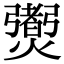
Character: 𤑨